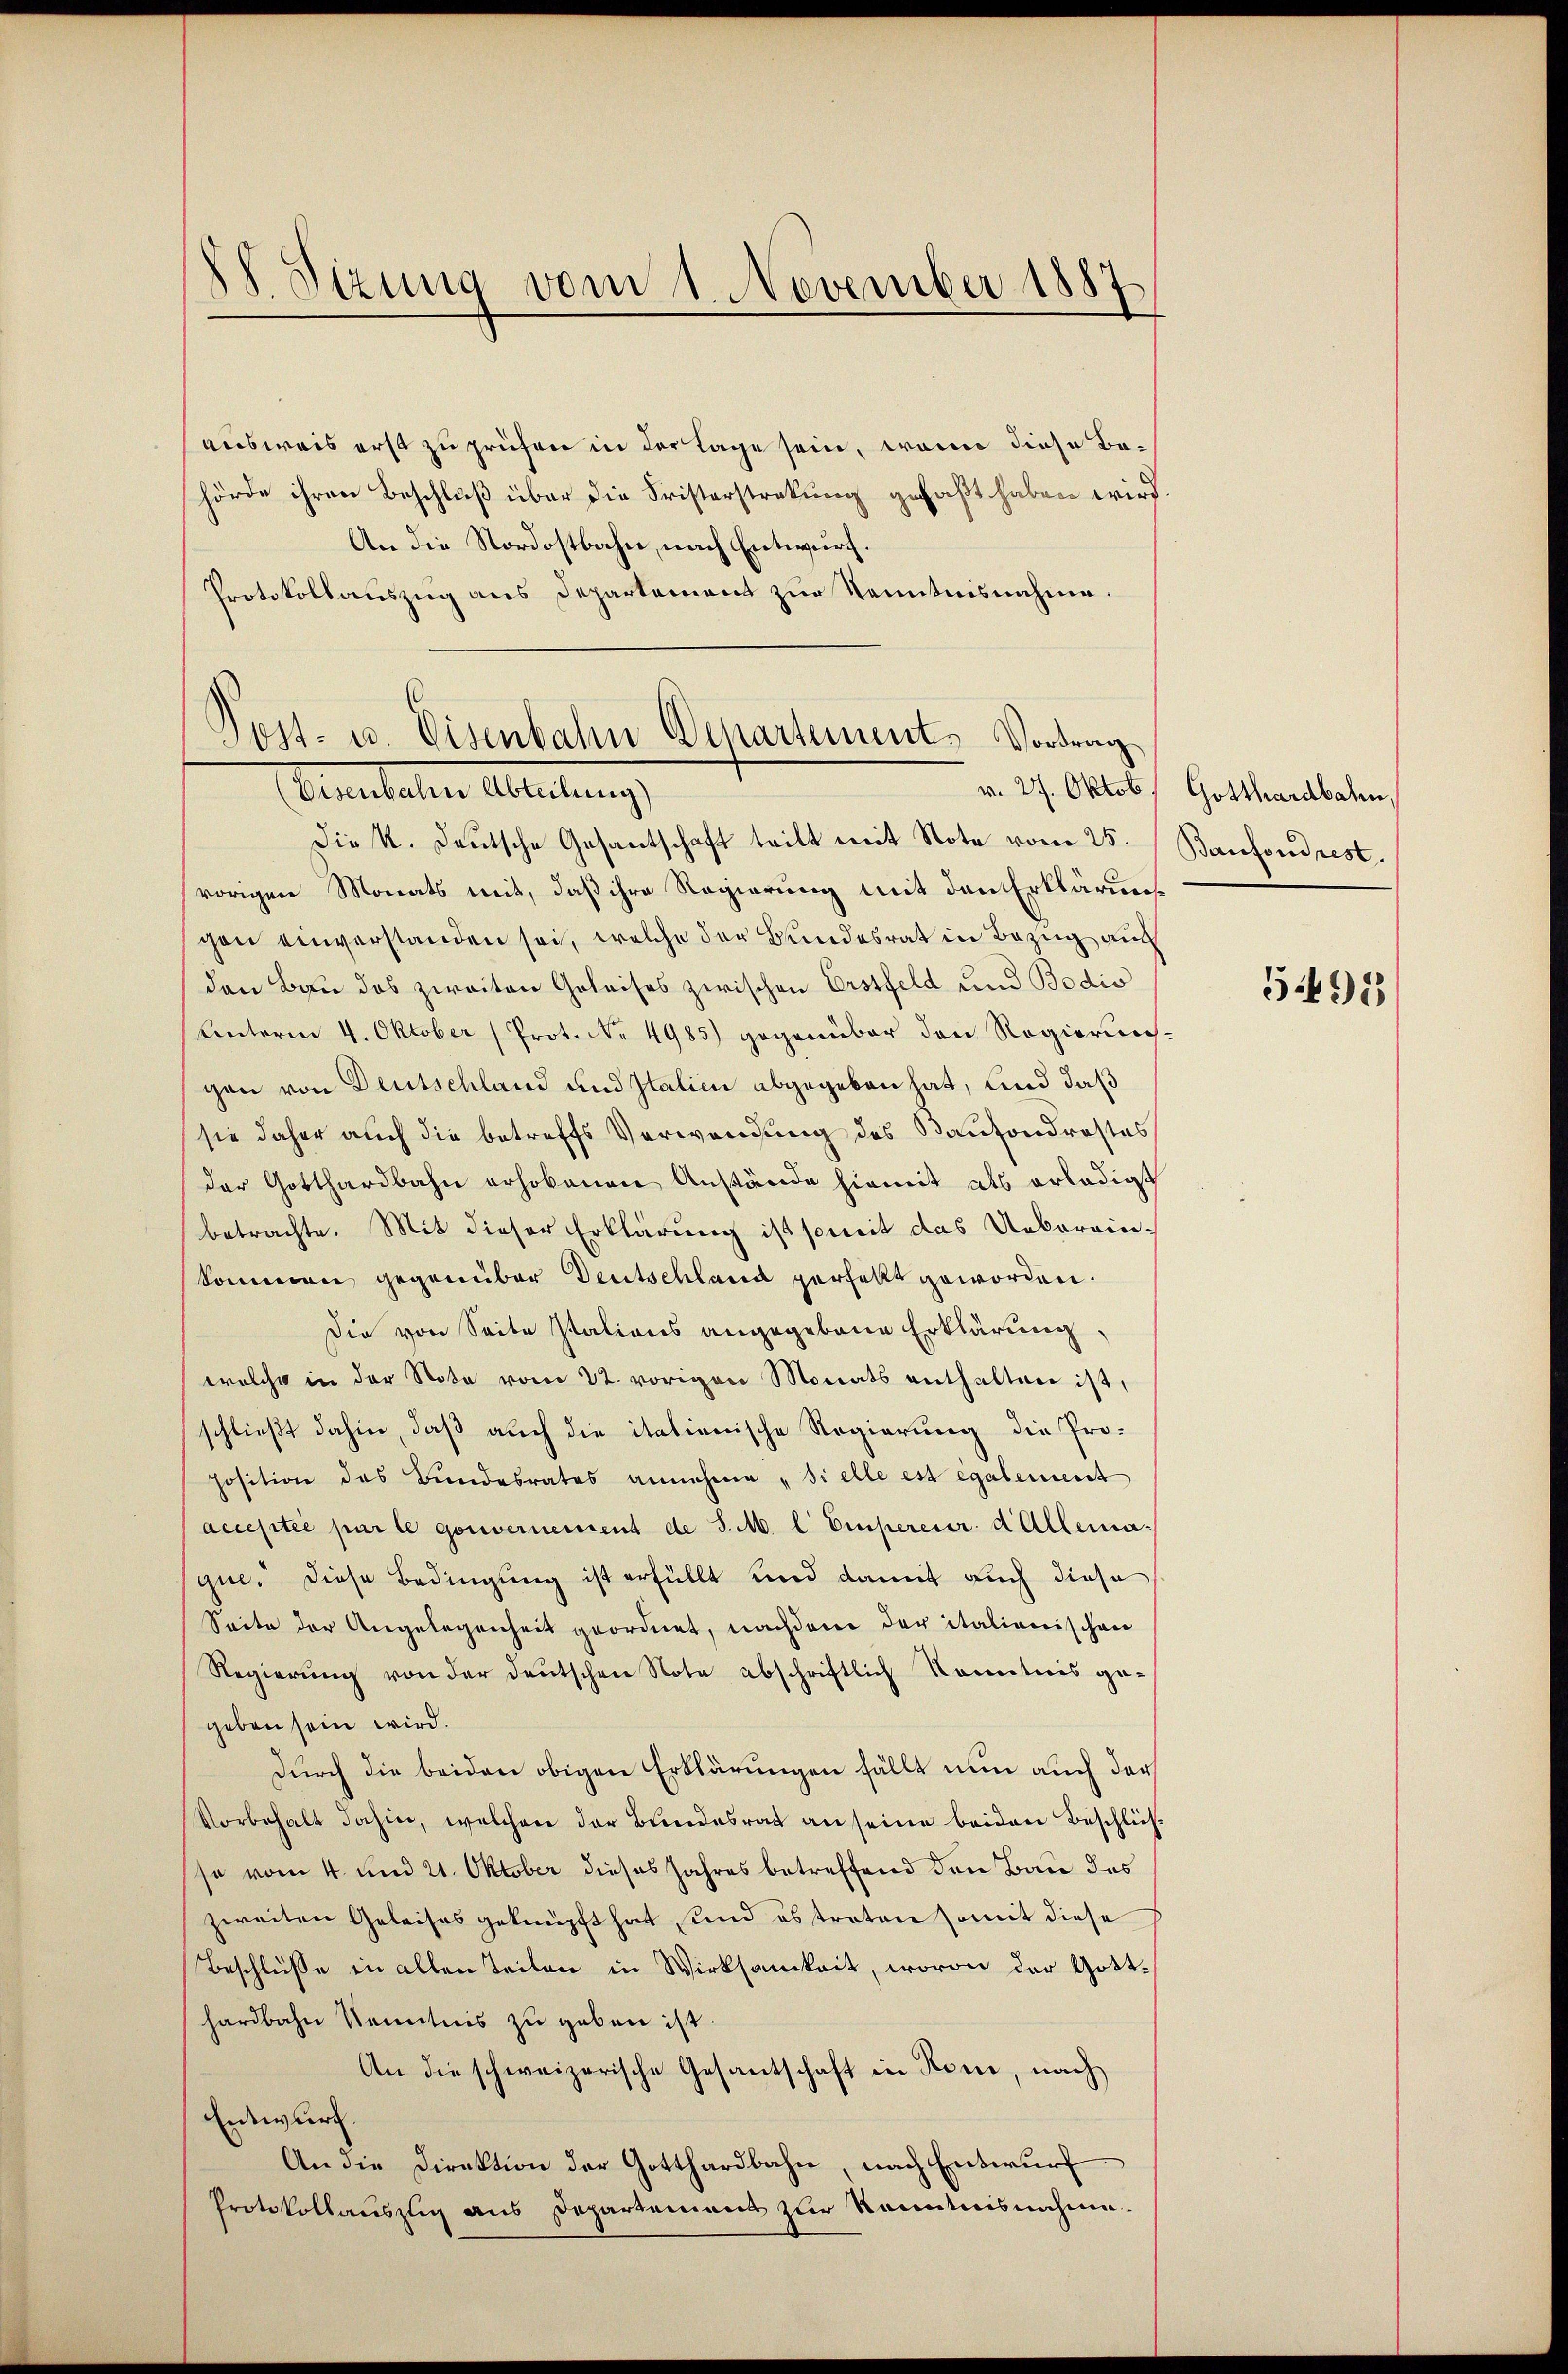
A Sizung vom 1. November 1887

ausweis erst zu prüfen in der Lage sein, wenn diese Behörde ihren Beschluß über die Fristerstrakung gefaßt haben wird.
An die Nordostbahn, nach Entwurf.
Protokollauszug aus Departement zur Kenntnisnahme.

Post- u. Eisenbahn Departement, Vortrag
Terutalen Abteilung

Die K. Deutsche Gesantschaft teilt mit Note vom 25. Baufond rest.
vorigen Monats mit, daß ihre Regierung mit den Erkläruncen einverstanden sei, welche der Bundesrat in Bezug aus
den Bau das zweiten Geleises zwischen Erstfeld und Bodis
Unterm 4. Oktober (Prot. No. 4985) gegenüber den Regierunggen von Deutschland und Italicu abgegeben hat, und daß
sie daher auch die betreffs Verwendung des Kaufondrastes
der Gotthardbahn erhobenen Anstände hiemit als erledigt
betrachte. Mit dieser Erklärung ist somit das Ueberein.
kommen gegenüber Deutschland verfallt geworden.
Die von Seite stations angegebene Erklärung,
welche in der Note vom 22. vorigen Monats enthalten ist,
schließt dahin, daß auch die italienische Regierung die Proposition des Bundesrates annehme "sielle est également
acceptée par le gouvernement de S. M. l. Empereur d. Allema-
que. Diese Bedingung ist erfüllt und damit auch diese
Seite der Angelegenheit geordnet, nachdem der italienischen
Regierŭng von der deutschen Note abschriftlich Kenntnis ge-
geben sein wird.
durch die beiden obigen Erklärungen fällt nun auch der
Vorbehalt dahin, welchen der Bŭndesrat an seine beiden Beschlies
sse vom 4. und 21. Oktober dieses Jahres betreffend den Bau des
zweiten Geleises geknüpft hat sind es treten somit diese
Beschlüsse in allen Teilen in Wirksamkeit, wovon der Gotthardbahn Kenntnis zu geben ist.
An die schweizerische Gesantschaft in Rone, nach
Entwurf.
An die Direktion der Gotthardbahn, nach Entwurf
Protokollauszug aus Departement zur Kenntnisnahme.

v. 27. Oktob. Gotthardbahn,

5495